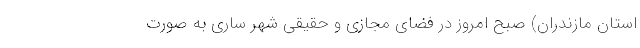
استان مازندران) صبح امروز در فضای مجازی و حقیقی شهر ساری به صورت